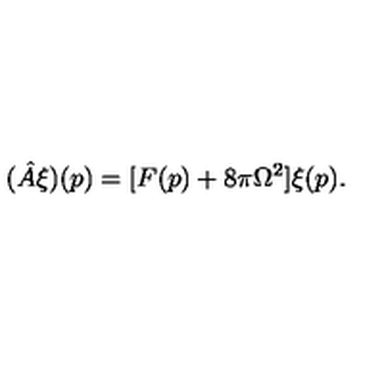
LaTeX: ( \hat { A } \xi ) ( p ) = [ F ( p ) + 8 \pi \Omega ^ { 2 } ] \xi ( p ) .